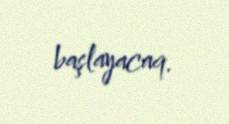
başlayacaq.